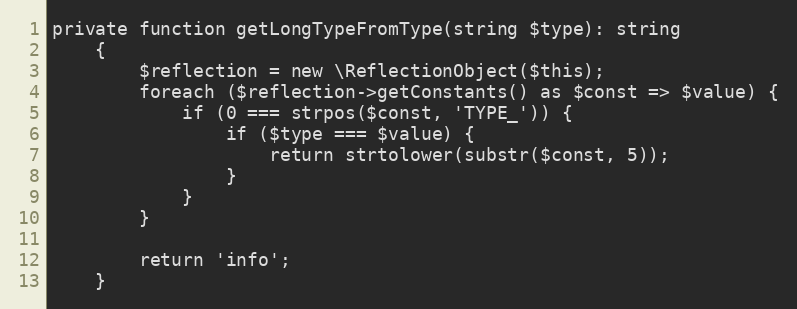
Language: PHP
private function getLongTypeFromType(string $type): string
    {
        $reflection = new \ReflectionObject($this);
        foreach ($reflection->getConstants() as $const => $value) {
            if (0 === strpos($const, 'TYPE_')) {
                if ($type === $value) {
                    return strtolower(substr($const, 5));
                }
            }
        }

        return 'info';
    }